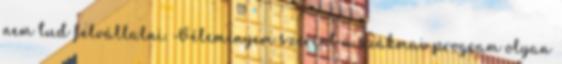
nem tud felvállalni. Véleményem szerint a szakmai program olyan